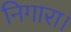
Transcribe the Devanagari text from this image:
निगारा।